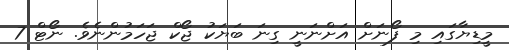
މީޑިޔާގައި މި ފޯނަށް އަށްނަނީ ގިނަ ބަޔަކު ޖޯކް ޖަހަމުންނެވެ. ނޯޓް 7